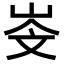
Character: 𡷁